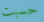
حسبت